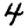
Digit: 4